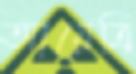
আয়েত্রি